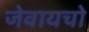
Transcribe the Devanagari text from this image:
जेवायचो